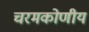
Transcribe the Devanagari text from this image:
चरमकोणीय